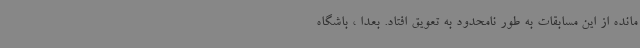
مانده از این مسابقات به طور نامحدود به تعویق افتاد. بعداً ، باشگاه